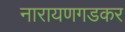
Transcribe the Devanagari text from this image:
नारायणगडकर